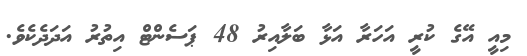
މިއީ އޭގެ ކުރީ އަހަރާ އަޅާ ބަލާއިރު 48 ޕަސެންޓް އިތުރު އަދަދެކެވެ.